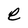
Character: e